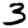
Digit: 3